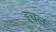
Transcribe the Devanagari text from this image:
इचल